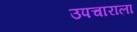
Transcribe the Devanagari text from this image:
उपचाराला